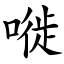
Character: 嘥